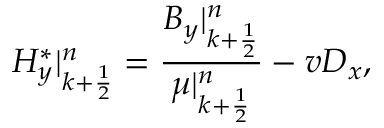
H _ { y } ^ { * } | _ { k + \frac { 1 } { 2 } } ^ { n } = \frac { B _ { y } | _ { k + \frac { 1 } { 2 } } ^ { n } } { \mu | _ { k + \frac { 1 } { 2 } } ^ { n } } - v D _ { x } ,